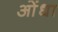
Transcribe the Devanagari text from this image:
ओंधा